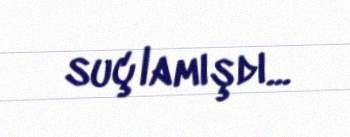
suçlamışdı...